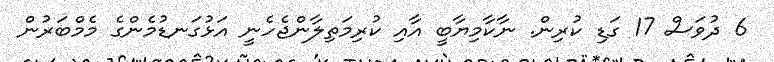
6 ދުވަސް 17 ގަޑި ކުރިން. ނާކާމިޔާބީ އާއި ކުރިމަތިލާންޖެހެނީ އަޅުގަނޑުމެންގެ މެމްބަރުން